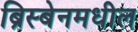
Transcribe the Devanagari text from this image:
ब्रिस्बेनमधील